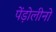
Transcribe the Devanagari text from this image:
पेंड़ोलीनो